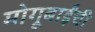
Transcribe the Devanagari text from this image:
मोगूबाईंची